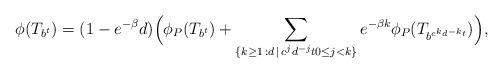
LaTeX: \begin{align*}\phi(T_{b^t})=(1-e^{-\beta}d)\Big(\phi_P(T_{b^t})+\sum_{\{k\geq 1\,:d\,\mid\, c^jd^{-j}t0\leq j<k\}}e^{-\beta k}\phi_P(T_{b^{c^kd^{-k}t}})\Big),\end{align*}